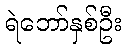
ရဲဘော်နှစ်ဦး